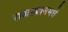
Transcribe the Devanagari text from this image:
राजस्थानमधे